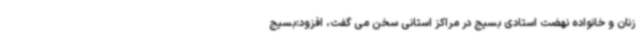
زنان و خانواده نهضت استادی بسیج در مراکز استانی سخن می گفت، افزود:بسیج